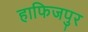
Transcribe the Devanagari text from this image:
हाफिजपुर